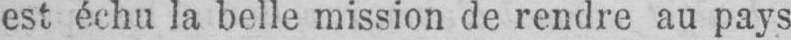
est échu la belle mission de rendre au pays